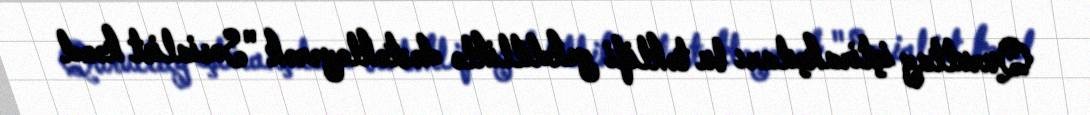
Qurultay iştirakçıları bu təklifi yekdilliklə dəstəkləyərək "Sosialist kənd